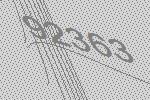
92363